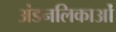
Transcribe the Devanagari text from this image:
अंडनलिकाओं